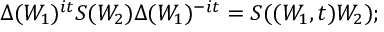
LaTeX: \Delta ( W _ { 1 } ) ^ { i t } S ( W _ { 2 } ) \Delta ( W _ { 1 } ) ^ { - i t } = S ( \l ( W _ { 1 } , t ) W _ { 2 } ) ;